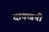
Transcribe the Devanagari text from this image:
दाक्खनी